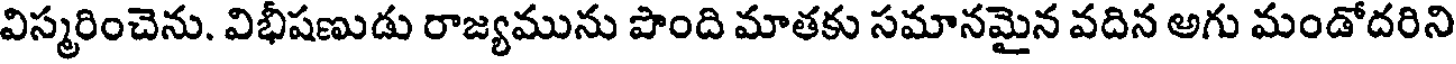
విస్మరించెను. విభీషణుడు రాజ్యమును పొంది మాతకు సమానమైన వదిన అగు మండోదరిని